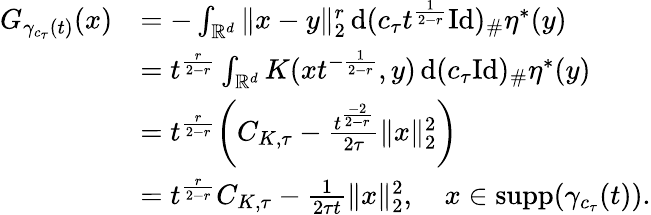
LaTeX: \begin{array}{rl}{G_{\gamma_{c_{\tau}}(t)}(x)}&{=-\int_{\mathbb{R}^{d}}\| x-y\| _{2}^{r}\, \mathrm{d}(c_{\tau}t^{\frac{1}{2-r}}\mathrm{Id})_{\# }\eta^{*}(y)}\\ &{=t^{\frac{r}{2-r}}\int_{\mathbb{R}^{d}}K(xt^{-\frac{1}{2-r}},y)\, \mathrm{d}(c_{\tau}\mathrm{Id})_{\# }\eta^{*}(y)}\\ &{=t^{\frac{r}{2-r}}\biggl(C_{K,\tau}-\frac{t^{\frac{-2}{2-r}}}{2\tau}\| x\| _{2}^{2}\biggr)}\\ &{=t^{\frac{r}{2-r}}C_{K,\tau}-\frac{1}{2\tau t}\| x\| _{2}^{2},\quad x\in\mathrm{supp}(\gamma_{c_{\tau}}(t)).}\end{array}